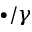
\bullet / \gamma